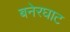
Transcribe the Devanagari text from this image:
बनेरघाट